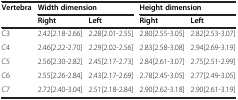
<table><thead><tr><td><b>Vertebra</b></td><td colspan="2"><b>Width dimension</b></td><td colspan="2"><b>Height dimension</b></td></tr><tr><td><b> </b></td><td><b>Right</b></td><td><b>Left</b></td><td><b>Right</b></td><td><b>Left</b></td></tr></thead><tbody><tr><td>C3</td><td>2.42[2.18-2.66]</td><td>2.28[2.01-2.55]</td><td>2.80[2.55-3.05]</td><td>2.82[2.53-3.07]</td></tr><tr><td>C4</td><td>2.46[2.22-2.70]</td><td>2.29[2.02-2.56]</td><td>2.83[2.58-3.08]</td><td>2.94[2.69-3.19]</td></tr><tr><td>C5</td><td>2.56[2.30-2.82]</td><td>2.45[2.17-2.73]</td><td>2.84[2.61-3.07]</td><td>2.75[2.51-2.99]</td></tr><tr><td>C6</td><td>2.55[2.26-2.84]</td><td>2.43[2.17-2.69]</td><td>2.78[2.45-3.05]</td><td>2.77[2.49-3.05]</td></tr><tr><td>C7</td><td>2.72[2.40-3.04]</td><td>2.51[2.18-2.84]</td><td>2.90[2.62-3.18]</td><td>2.90[2.61-3.19]</td></tr></tbody></table>